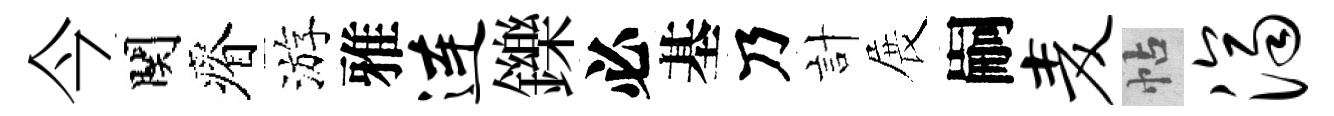
今関瘠游雅连鑠必基乃計展嗣麦帖济